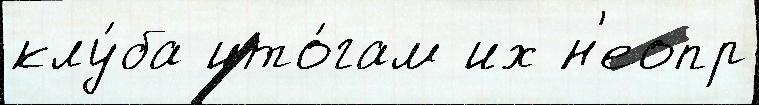
клу́ба ито́гам их н'еопр